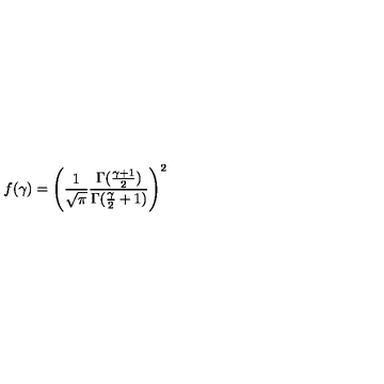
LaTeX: f ( \gamma ) = \left( \frac { 1 } { \sqrt { \pi } } \frac { \Gamma ( \frac { \gamma + 1 } { 2 } ) } { \Gamma ( \frac { \gamma } { 2 } + 1 ) } \right) ^ { 2 }